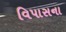
વિપાસના